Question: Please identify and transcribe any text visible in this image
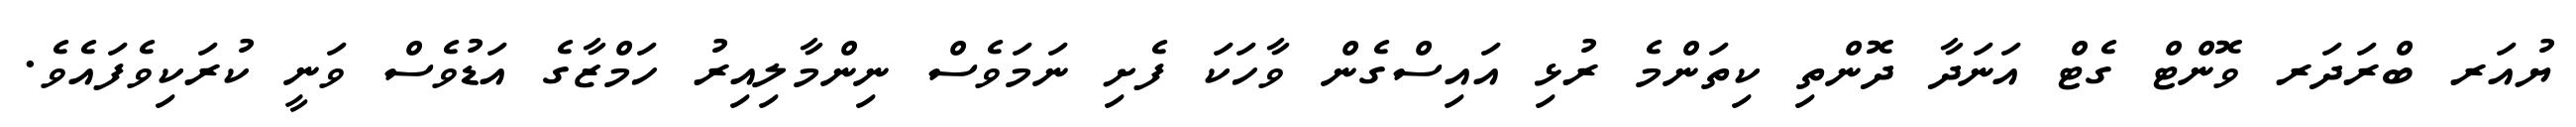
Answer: ޔުއަރ ބްރަދަރ ވޮންޓް ގެޓް އަނަދާ ދޮންތި ކިތަންމެ ރުޅި އައިސްގެން ވާހަކަ ފެށި ނަމަވެސް ނިންމާލިއިރު ހަމްޒާގެ އަޑުވެސް ވަނީ ކުރަކިވެފައެވެ.